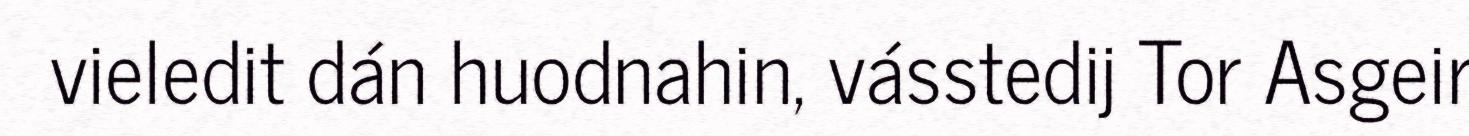
vieledit dán huodnahin, vásstedij Tor Asgeir